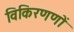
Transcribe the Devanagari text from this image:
विकिरणणों